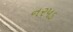
નરપડ